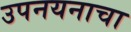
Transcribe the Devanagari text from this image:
उपनयनाचा